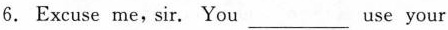
6. Excuse me,sir. You ___ use your